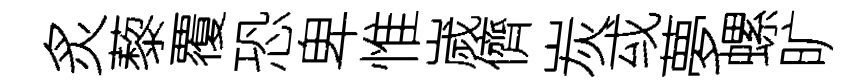
炙藜覆恐卑惟嵗儕炭㦯夢螺旷